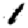
Digit: 1